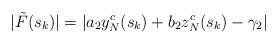
LaTeX: \begin{align*}|\tilde{F}(s_k)| = |a_2y^c_N(s_k) + b_2z^c_N(s_k) - \gamma_2|\end{align*}